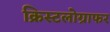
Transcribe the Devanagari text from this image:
क्रिस्टलोग्राफर